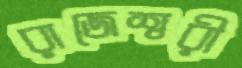
রাজেশ্বরী